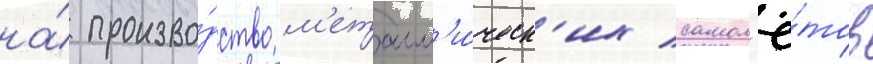
на́ произво́дство м'еталл'и́ческ'их самол'ё́тов